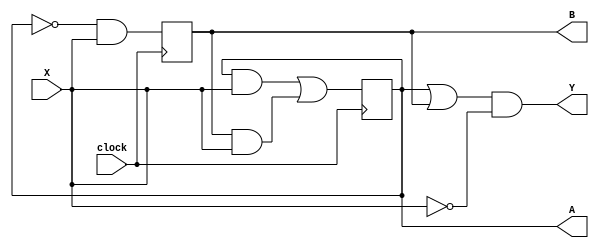
module LAB08_2(X,A,B,Y,clock);
input	X;
input clock;

output A;
output B;
output Y;

reg A;
reg B;

always @(posedge clock)begin
A<=(A&X)|(B&X);
B<=~A&X;
end
assign Y=(A|B)&~X;

endmodule